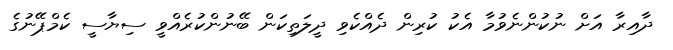
ދާއިރާ އަށް ނުކުންނެވުމާ އެކު ކުރިން ދެއްކެވި ދީލަތިކަން ބޭނުންކުރެއްވީ ސިޔާސީ ކެމްޕޭނުގެ